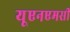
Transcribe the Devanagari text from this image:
यूएनएमसी